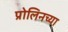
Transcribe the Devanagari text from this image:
प्रोलिनच्या